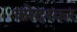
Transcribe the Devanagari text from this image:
कोदरकर